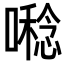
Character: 𡀝